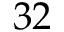
3 2